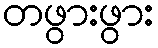
တဖွားဖွား